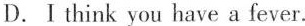
D. I think you have a fever.